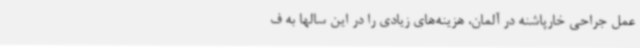
عمل جراحی خارپاشنه در آلمان، هزینه‌های زیادی را در این سالها به ف